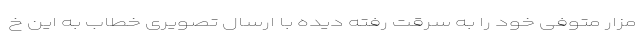
مزار متوفی خود را به سرقت رفته دیده با ارسال تصویری خطاب به این خ